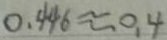
0 . 4 4 6 \approx 0 . 4